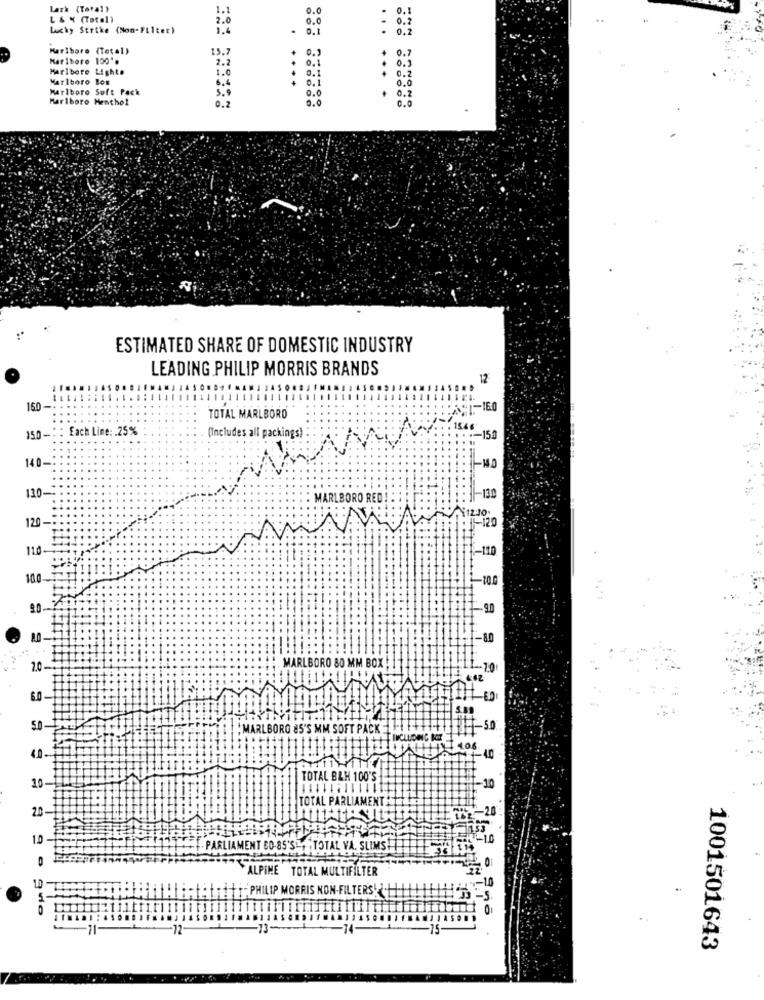
Lark (Total}
0.0
.
0.
L & % (Total)
2.0
0.0
.
0.2
Lucky Strike (Non-Filter)
.
0.1
.
0.2
Maribore (Total)
15.7
0.7
Marlboro 100 **
2.2
0.1
Marlboro Lighte
0.1
0.3
Marlboro Box
4
0.1
0.0
0.2
Marlboro Soft Pack
5.9
0.0
Marlboro Menthol
0.0
ESTIMATED SHARE OF DOMESTIC INDUSTRY
LEADING PHILIP MORRIS BRANDS
12
160 -
TOTAL MARLBORO
150 -: : Each Line :. 25%
* *-- 150
(Includes all packings)
-150
14.0-
130-
MARLBORO RED
-130
120 -
1-120
110-
-110
100
2.0
1-90
-80
2.0
MARLBORO 80 MM BOX !
-10
6.0
MARLBORO 85'S MM SOFT PACK
-50
INCLUDING
4.0.
10-
TOTAL B&H 100'S
-10
TOTAL PARLIAMENT
2.0-1
1.0
PARLIAMENT CO.85'S TOTAL VA. SLIMS?
ALPINE TOTAL MULTIFILTER
PHILIP MORRIS NON-FILTERS
5-
1001501643